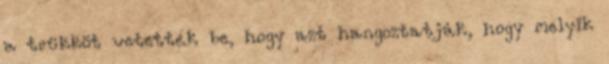
a trükköt vetették be, hogy azt hangoztatják, hogy melyik